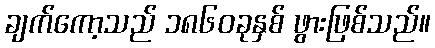
ချက်ကော့သည် ၁၈၆၀ခုနှစ် ဖွားဖြစ်သည်။